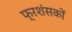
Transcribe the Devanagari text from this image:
फ्रशंसकों